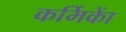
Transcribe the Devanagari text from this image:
कर्मिकाें